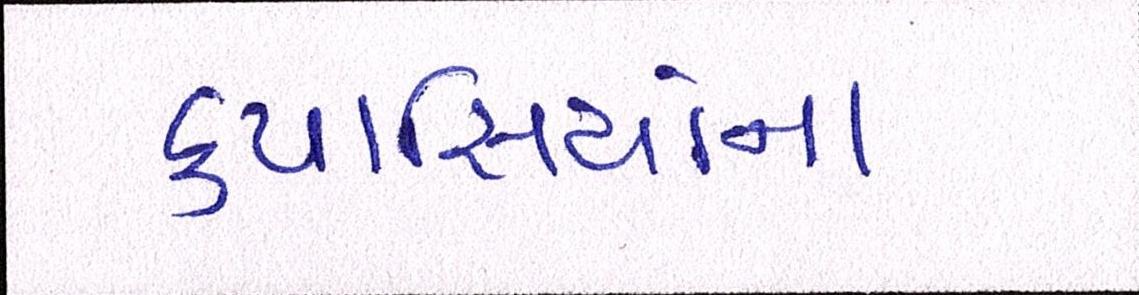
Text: કપાસિયાંના